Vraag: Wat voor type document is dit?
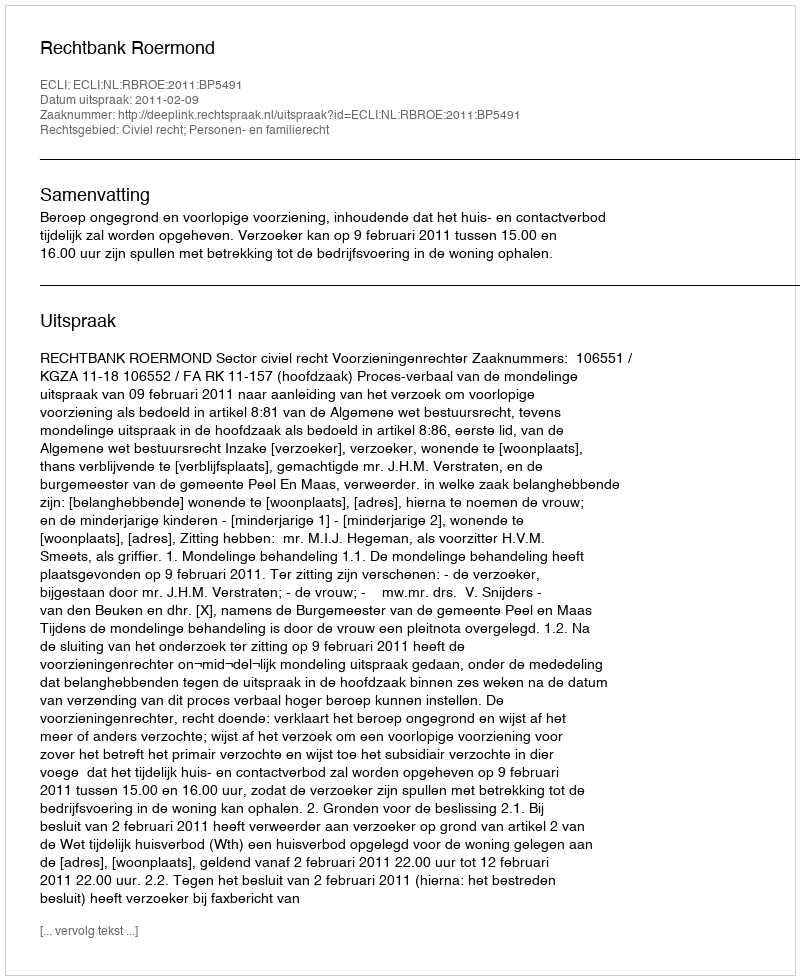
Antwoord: Uitspraak